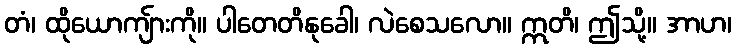
တံ၊ ထိုယောကျ်ားကို။ ပါတေတိနုခေါ၊ လဲစေသလော။ ဣတိ၊ ဤသို့။ အာဟ၊